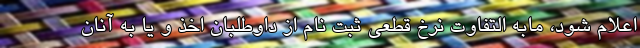
اعلام شود، مابه التفاوت نرخ قطعی ثبت نام از داوطلبان اخذ و یا به آنان